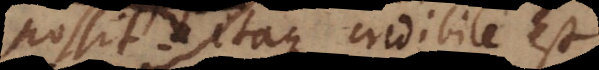
apparet, Itaque credibile est